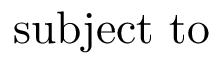
\mathrm { s u b j e c t ~ t o ~ }